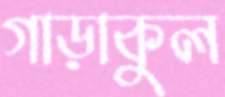
গাড়াকুল